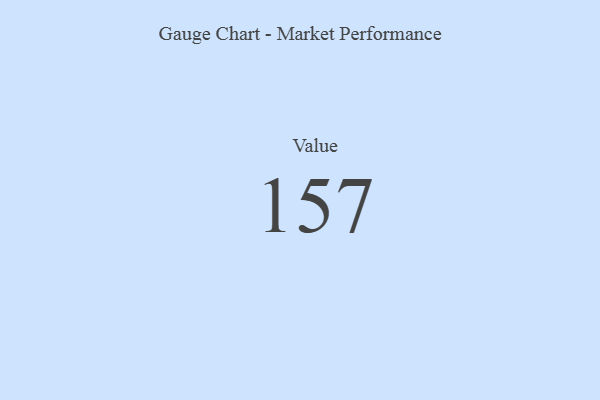
{"axis": {"x": "Metric", "y": "Value"}, "legend": [""], "data": [{"x": "Value", "y": 157, "type": ""}]}